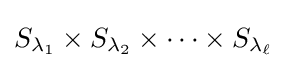
S_{\lambda _{1}}\times S_{\lambda _{2}}\times \cdots \times S_{\lambda _{\ell }}